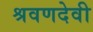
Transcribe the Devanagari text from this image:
श्रवणदेवी